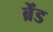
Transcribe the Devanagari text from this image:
ब्रेंड